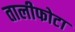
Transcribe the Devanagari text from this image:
तालीफोटा